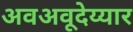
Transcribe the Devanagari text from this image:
अवअवूदेय्यार